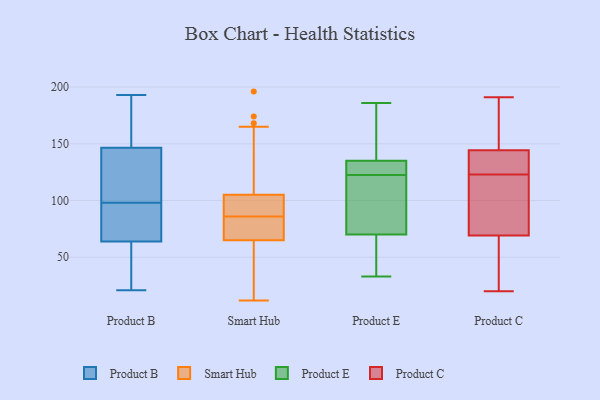
{"axis": {"x": "Revenue (USD Million)", "y": "Value"}, "legend": ["Product B", "Product C", "Product E", "Smart Hub"], "data": [{"x": "", "y": 177, "type": "Product B"}, {"x": "", "y": 75, "type": "Product B"}, {"x": "", "y": 21, "type": "Product B"}, {"x": "", "y": 129, "type": "Product B"}, {"x": "", "y": 149, "type": "Product B"}, {"x": "", "y": 53, "type": "Product B"}, {"x": "", "y": 139, "type": "Product B"}, {"x": "", "y": 98, "type": "Product B"}, {"x": "", "y": 186, "type": "Product B"}, {"x": "", "y": 70, "type": "Product B"}, {"x": "", "y": 100, "type": "Product B"}, {"x": "", "y": 26, "type": "Product B"}, {"x": "", "y": 62, "type": "Product B"}, {"x": "", "y": 81, "type": "Product B"}, {"x": "", "y": 193, "type": "Product B"}, {"x": "", "y": 12, "type": "Smart Hub"}, {"x": "", "y": 165, "type": "Smart Hub"}, {"x": "", "y": 95, "type": "Smart Hub"}, {"x": "", "y": 32, "type": "Smart Hub"}, {"x": "", "y": 97, "type": "Smart Hub"}, {"x": "", "y": 63, "type": "Smart Hub"}, {"x": "", "y": 100, "type": "Smart Hub"}, {"x": "", "y": 76, "type": "Smart Hub"}, {"x": "", "y": 168, "type": "Smart Hub"}, {"x": "", "y": 47, "type": "Smart Hub"}, {"x": "", "y": 196, "type": "Smart Hub"}, {"x": "", "y": 75, "type": "Smart Hub"}, {"x": "", "y": 67, "type": "Smart Hub"}, {"x": "", "y": 13, "type": "Smart Hub"}, {"x": "", "y": 103, "type": "Smart Hub"}, {"x": "", "y": 74, "type": "Smart Hub"}, {"x": "", "y": 174, "type": "Smart Hub"}, {"x": "", "y": 83, "type": "Smart Hub"}, {"x": "", "y": 89, "type": "Smart Hub"}, {"x": "", "y": 107, "type": "Smart Hub"}, {"x": "", "y": 176, "type": "Product E"}, {"x": "", "y": 114, "type": "Product E"}, {"x": "", "y": 120, "type": "Product E"}, {"x": "", "y": 135, "type": "Product E"}, {"x": "", "y": 186, "type": "Product E"}, {"x": "", "y": 135, "type": "Product E"}, {"x": "", "y": 33, "type": "Product E"}, {"x": "", "y": 38, "type": "Product E"}, {"x": "", "y": 125, "type": "Product E"}, {"x": "", "y": 70, "type": "Product E"}, {"x": "", "y": 129, "type": "Product C"}, {"x": "", "y": 142, "type": "Product C"}, {"x": "", "y": 123, "type": "Product C"}, {"x": "", "y": 145, "type": "Product C"}, {"x": "", "y": 25, "type": "Product C"}, {"x": "", "y": 122, "type": "Product C"}, {"x": "", "y": 94, "type": "Product C"}, {"x": "", "y": 164, "type": "Product C"}, {"x": "", "y": 20, "type": "Product C"}, {"x": "", "y": 61, "type": "Product C"}, {"x": "", "y": 154, "type": "Product C"}, {"x": "", "y": 191, "type": "Product C"}, {"x": "", "y": 49, "type": "Product C"}, {"x": "", "y": 96, "type": "Product C"}, {"x": "", "y": 130, "type": "Product C"}]}